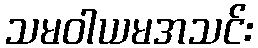
သမဝါယမအသင်း